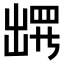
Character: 𫥧